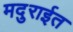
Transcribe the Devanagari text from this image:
मदुराईत